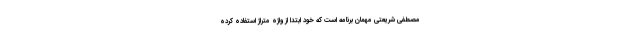
مصطفی شریعتی مهمان برنامه است که خود ابتدا از واژه متراژ استفاده کرده